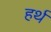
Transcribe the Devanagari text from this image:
हर्थ